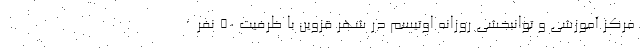
مرکز آموزشی و توانبخشی روزانه اوتیسم در شهر قزوین با ظرفیت ۵۰ نفر